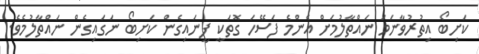
ކަށިބޯ އިތުރުވާނަމަ ނައްތާލުމަށް އެންމެ ފަސޭހަ ގޮތަކީ ފީނަައިގެން ކަށިބޯ ނަގައިގެން ނައްތާލުމެވެ.